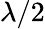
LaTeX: \lambda/2